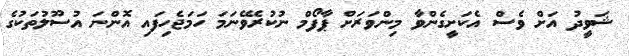
ޝަވީދު އަށް ވެސް އެކަށީގެންވާ މިންވަރަށް ޕާފޯމް ނުކުރެވޭނަމަ ހަމަޖެހިފައި އޮންނަ އުސޫލުތަކުގެ